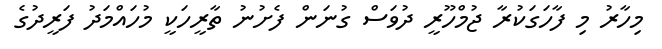
މިހާރު މި ފާހަގަކުރާ ޖުމްހޫރީ ދުވަސް ގުނަން ފެށުނު ތާރީހަކީ މުހައްމަދު ފަރީދުގެ